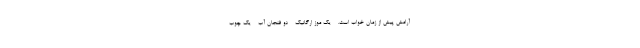
آرامش پیش از زمان خواب است. - یک موز ارگانیک - دو فنجان آب - یک چوب